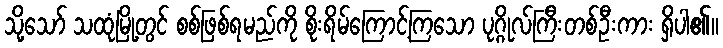
သို့သော် သထုံမြို့တွင် စစ်ဖြစ်ရမည်ကို စိုးရိမ်ကြောင့်ကြသော ပုဂ္ဂိုလ်ကြီးတစ်ဦးကား ရှိပါ၏။